Vaccination report Assam 1874-1896 - 1874-1896
Year: 1874
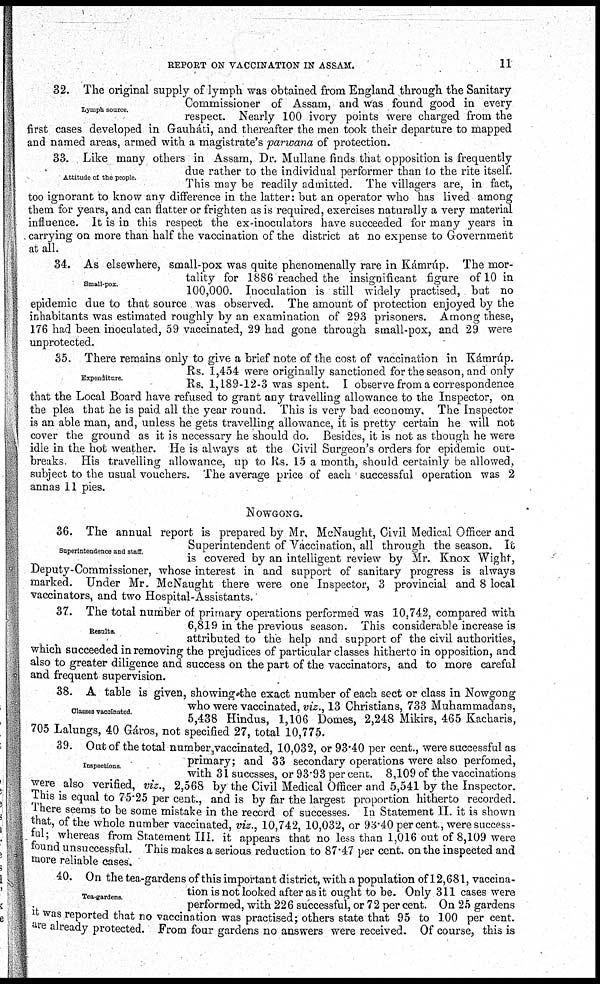
REPORT ON VACCINATION IN ASSAM.
11
Lymph source.
32. The original supply of lymph was obtained from England through the Sanitary
Commissioner of Assam, and was found good in every
respect. Nearly 100 ivory points were charged from the
first cases developed in Gauháti, and thereafter the men took their departure to mapped
and named areas, armed with a magistrate's parwana of protection.
Attitude of the people.
33. Like many others in Assam, Dr. Mullane finds that opposition is frequently
due rather to the individual performer than to the rite itself.
This may be readily admitted. The villagers are, in fact,
too ignorant to know any difference in the latter: but an operator who has lived among
them for years, and can flatter or frighten as is required, exercises naturally a very material
influence. It is in this respect the ex-inoculators have succeeded for many years in
carrying on more than half the vaccination of the district at no expense to Government
at all.
Small-pox.
34. As elsewhere, small-pox was quite phenomenally rare in Kámrúp. The mor-
tality for 1886 reached the insignificant figure of 10 in
100,000. Inoculation is still widely practised, but no
epidemic due to that source was observed. The amount of protection enjoyed by the
inhabitants was estimated roughly by an examination of 293 prisoners. Among these,
176 had been inoculated, 59 vaccinated, 29 had gone through small-pox, and 29 were
unprotected.
Expenditure.
35. There remains only to give a brief note of the cost of vaccination in Kámrúp.
Rs. 1,454 were originally sanctioned for the season, and only
Rs. 1,189-12-3 was spent. I observe from a correspondence
that the Local Board have refused to grant any travelling allowance to the Inspector, on
the plea that he is paid all the year round. This is very bad economy. The Inspector
is an able man, and, unless he gets travelling allowance, it is pretty certain he will not
cover the ground as it is necessary he should do. Besides, it is not as though he were
idle in the hot weather. He is always at the Civil Surgeon's orders for epidemic out-
breaks. His travelling allowance, up to Rs. 15 a month, should certainly be allowed,
subject to the usual vouchers. The average price of each successful operation was 2
annas 11 pies.
NOWGONG.
Superintendence and staff.
36. The annual report is prepared by Mr. McNaught, Civil Medical Officer and
Superintendent of Vaccination, all through the season. It
is covered by an intelligent review by Mr. Knox Wight,
Deputy-Commissioner, whose interest in and support of sanitary progress is always
marked. Under Mr. McNaught there were one Inspector, 3 provincial and 8 local
vaccinators, and two Hospital-Assistants.
Results.
37. The total number of primary operations performed was 10,742, compared with
6,819 in the previous season. This considerable increase is
attributed to the help and support of the civil authorities,
which succeeded in removing the prejudices of particular classes hitherto in opposition, and
also to greater diligence and success on the part of the vaccinators, and to more careful
and frequent supervision.
Classes vaccinated.
38. A table is given, showing the exact number of each sect or class in Nowgong
who were vaccinated, viz., 13 Christians, 733 Muhammadans,
5,438 Hindus, 1,106 Domes, 2,248 Mikirs, 465 Kacharis,
705 Lalungs, 40 Gáros, not specified 27, total 10,775.
Inspections.
39. Out of the total number.vaccinated, 10,032, or 93.40 per cent., were successful as
primary; and 33 secondary operations were also perfomed,
with 31 succsses, or 93.93 per cent. 8,109 of the vaccinations
were also verified, viz., 2,568 by the Civil Medical Officer and 5,541 by the Inspector.
This is equal to 75.25 per cent., and is by far the largest proportion hitherto recorded.
There seems to be some mistake in the record of successes. In Statement II. it is shown
that, of the whole number vaccinated, viz., 10,742, 10,032, or 93.40 per cent., were success-
ful; whereas from Statement III. it appears that no less than 1,016 out of 8,109 were
found unsuccessful. This makes a serious reduction to 87.47 per cent. on the inspected and
more reliable cases.
Tea-gardens.
40. On the tea-gardens of this important district, with a population of 12,681, vaccina-
tion is not looked after as it ought to be. Only 311 cases were
performed, with 226 successful, or 72 per cent. On 25 gardens
it was reported that no vaccination was practised; others state that 95 to 100 per cent.
are already protected. From four gardens no answers were received. Of course, this is